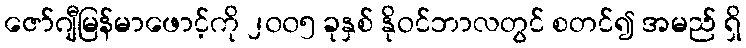
ဇော်ဂျီမြန်မာဖောင့်ကို ၂၀၀၅ ခုနှစ် နိုဝင်ဘာလတွင် စတင်၍ အမည် ရှိ